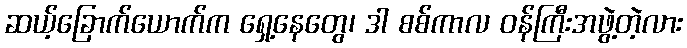
ဆယ့်ခြောက်ယောက်က ရှေ့နေတွေ၊ ဒါ စစ်ကာလ ဝန်ကြီးအဖွဲ့တဲ့လား